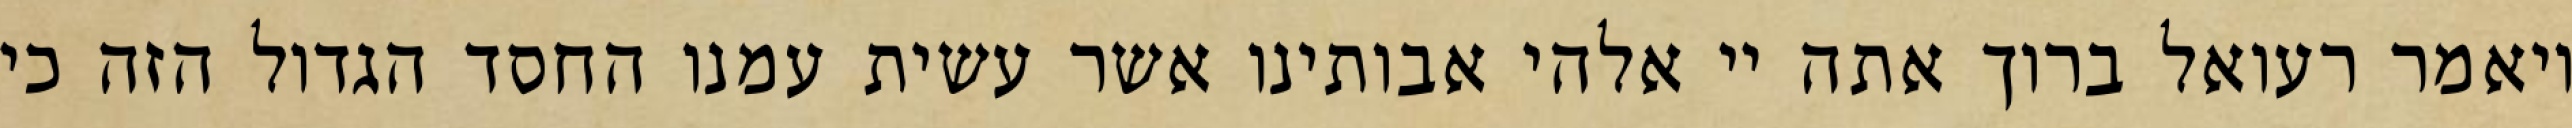
ויאמר רעואל ברוך אתה יי אלהי אבותינו אשר עשית עמנו החסד הגדול הזה כי